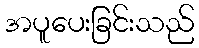
အပူပေးခြင်းသည်